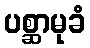
ပစ္ဆာမုခံ